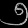
Digit: ၅